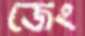
জেং